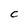
Character: C